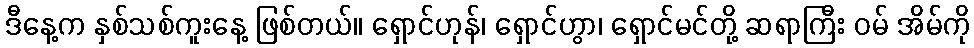
ဒီနေ့က နှစ်သစ်ကူးနေ့ ဖြစ်တယ်။ ရှောင်ဟုန်၊ ရှောင်ဟွာ၊ ရှောင်မင်တို့ ဆရာကြီး ဝမ် အိမ်ကို